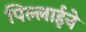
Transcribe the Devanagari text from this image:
पिल्लाईने